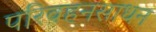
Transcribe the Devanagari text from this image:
परिवहनसाधन